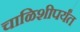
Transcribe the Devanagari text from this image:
चाळिशीपर्यंत